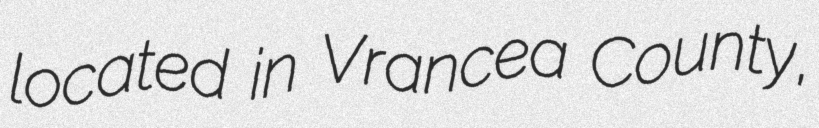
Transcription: located in Vrancea County,